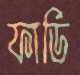
ফার্ডি